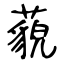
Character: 藐